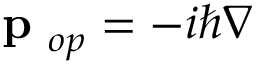
\mathrm { ~ \bf ~ p ~ } _ { o p } = - i \hbar \nabla